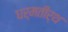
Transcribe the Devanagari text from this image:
धर्मतीर्थ